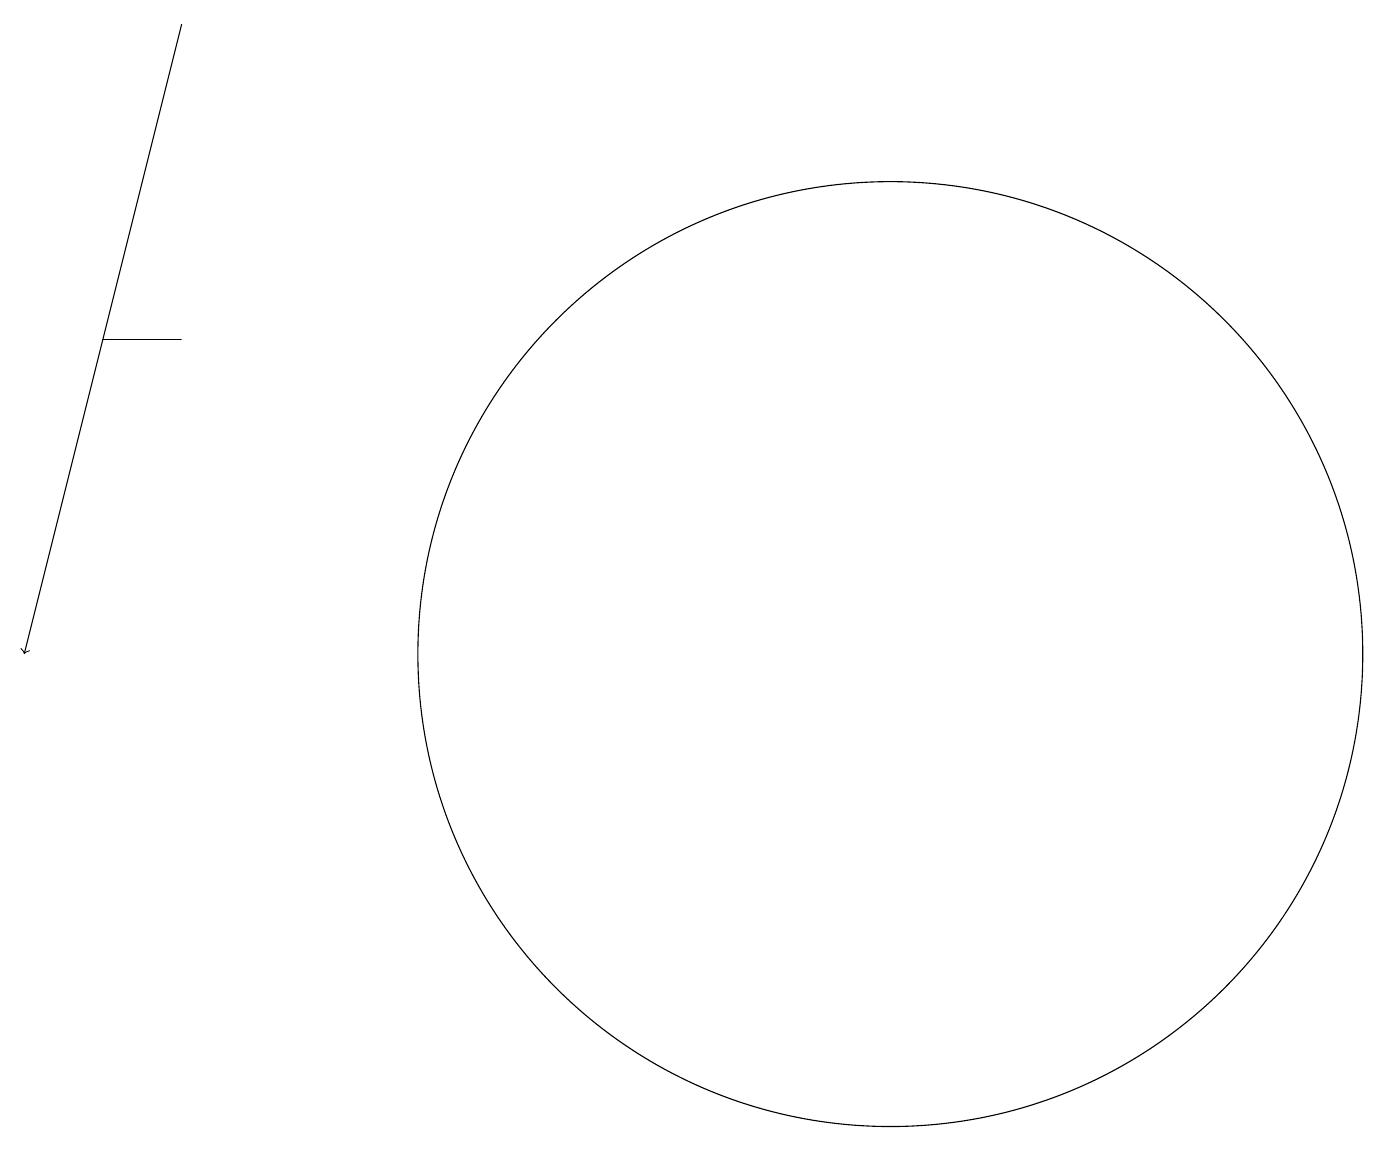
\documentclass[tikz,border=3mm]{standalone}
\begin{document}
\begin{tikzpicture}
\draw (2,14) rectangle (1,14);
\draw (11,10) circle (6);
\draw[->] (2,18) -- (0,10);
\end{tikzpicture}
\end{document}